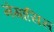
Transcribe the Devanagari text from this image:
मेगासिस